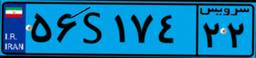
۵۶S۱۷۴۲۲